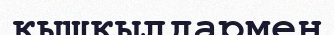
қышқылдармен